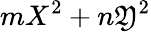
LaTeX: mX^{2}+n\mathfrak{Y}^{2}